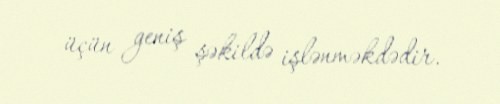
üçün geniş şəkildə işlənməkdədir.